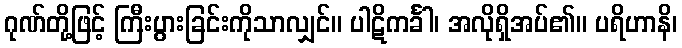
ဂုဏ်တို့ဖြင့် ကြီးပွားခြင်းကိုသာလျှင်။ ပါဋိကင်္ခါ၊ အလိုရှိအပ်၏။ ပရိဟာနိ၊